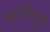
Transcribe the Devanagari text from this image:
कारीगुड्डा